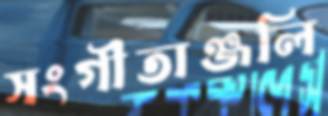
সংগীতাঞ্জলি